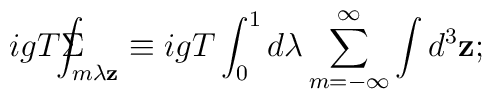
igT\Sigma \!\!\!\!\!\!\int_{m\lambda \mathbf{z}}\equiv igT\int_0^1d\lambda\sum_{m=-\infty }^\infty \int d^3\mathbf{z;}